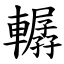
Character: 轏